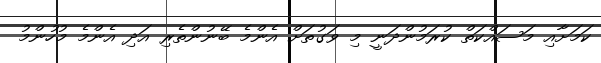
ކަމަށާއި މަސައްކަތް ކުރަމުންދަނީ މި ވަގުތަށް އެންމެ ބޭނުންތެރި އަދި އެންމެ މުހުންމު